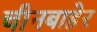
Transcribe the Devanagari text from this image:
चीनबाहेर